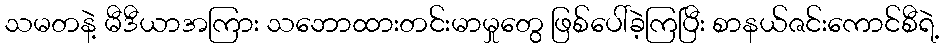
သမတနဲ့ မီဒီယာအကြား သဘောထားတင်းမာမှုတွေ ဖြစ်ပေါ်ခဲ့ကြပြီး စာနယ်ဇင်းကောင်စီရဲ့